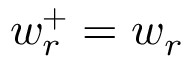
w _ { r } ^ { + } = w _ { r }